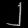
Digit: ၂